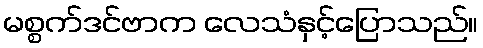
မစ္စက်ဒင်ဗာက လေသံနှင့်ပြောသည်။